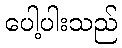
ပေါ့ပါးသည်